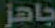
جاهز